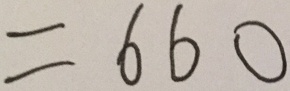
= 6 6 0